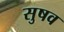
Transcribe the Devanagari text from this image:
सुषव